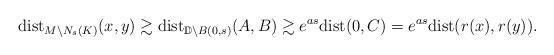
LaTeX: \begin{align*} \mathrm{dist}_{M\setminus N_s(K)}(x, y)&\gtrsim \mathrm{dist}_{\mathbb{D}\setminus B(0,s)}(A, B)\gtrsim e^{as}\mathrm{dist}(0, C)=e^{as}\mathrm{dist}(r(x), r(y)). \end{align*}